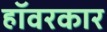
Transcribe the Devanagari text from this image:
हॉवरकार